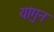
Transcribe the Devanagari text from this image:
यांगुन